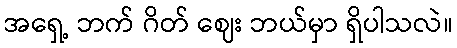
အရှေ့ ဘက် ဂိတ် ဈေး ဘယ်မှာ ရှိပါသလဲ။